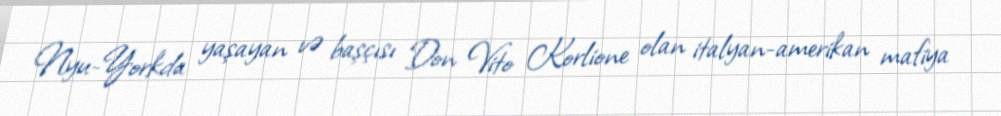
Nyu-Yorkda yaşayan və başçısı Don Vito Korlione olan italyan-amerikan mafiya